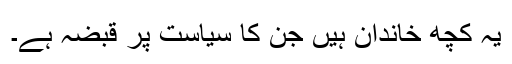
یہ کچھ خاندان ہیں جن کا سیاست پر قبضہ ہے۔